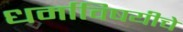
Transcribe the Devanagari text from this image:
धर्माविषयीचे